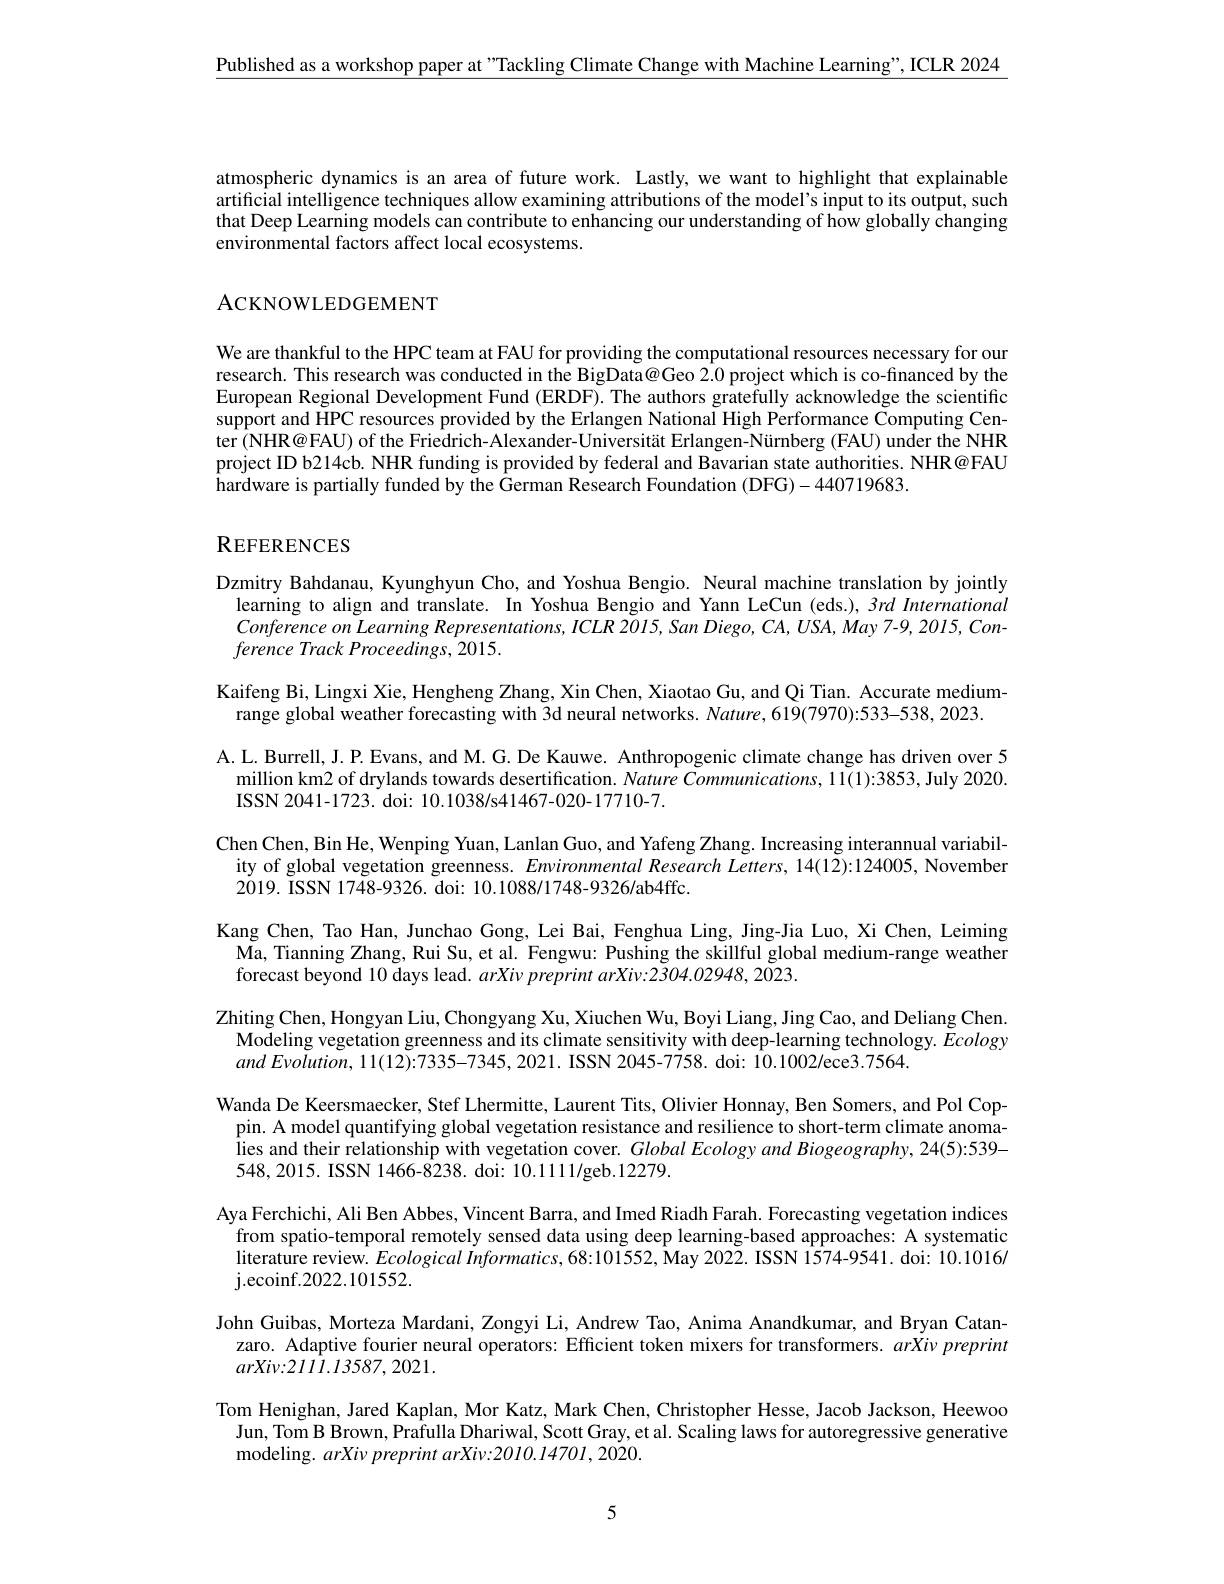
$\underline{\text{Published as a workshop paper at "Tackling Climate Change with Machine Learning", ICLR 2024}}$

atmospheric dynamics is an area of future work. Lastly, we want to highlight that explainable artificial intelligence techniques allow examining attributions of the model's input to its output, such that Deep Learning models can contribute to enhancing our understanding of how globally changing environmental factors affect local ecosystems.

ACKNOWLEDGEMENT

We are thankful to the HPC team at FAU for providing the computational resources necessary for our research. This research was conducted in the BigData@Geo 2.0 project which is co-financed by the European Regional Development Fund (ERDF). The authors gratefully acknowledge the scientific support and HPC resources provided by the Erlangen National High Performance Computing Center (NHR@FAU) of the Friedrich-Alexander-Universität Erlangen-Nürnberg (FAU) under the NHR project ID b214cb. NHR funding is provided by federal and Bavarian state authorities. NHR@FAU hardware is partially funded by the German Research Foundation (DFG)-440719683.

# REFERENCES

Dzmitry Bahdanau, Kyunghyun Cho, and Yoshua Bengio. Neural machine translation by jointly learning to align and translate. In Yoshua Bengio and Yann LeCun (eds.), 3rd International Conference on Learning Representations, ICLR 2015, San Diego, CA, USA, May 7-9, 2015, Conference Track Proceedings, 2015.
Kaifeng Bi, Lingxi Xie, Hengheng Zhang, Xin Chen, Xiaotao Gu, and Qi Tian. Accurate medium-
range global weather forecasting with 3d neural networks. Nature, 619(7970):533-538, 2023.
A. L. Burrell, J. P. Evans, and M. G. De Kauwe. Anthropogenic climate change has driven over 5 million km2 of drylands towards desertification. Nature Communications, 11(1):3853, July 2020. ISSN 2041-1723. doi: 10.1038/s41467-020-17710-7.
Chen Chen, Bin He, Wenping Yuan, Lanlan Guo, and Yafeng Zhang. Increasing interannual variability of global vegetation greenness. Environmental Research Letters, 14(12):124005, November 2019. ISSN 1748-9326. doi: 10.1088/1748-9326/ab4ffc.
Kang Chen, Tao Han, Junchao Gong, Lei Bai, Fenghua Ling, Jing-Jia Luo, Xi Chen, Leiming Ma, Tianning Zhang, Rui Su, et al. Fengwu: Pushing the skillful global medium-range weather forecast beyond 10 days lead. arXiv preprint arXiv:2304.02948, 2023.
Zhiting Chen, Hongyan Liu, Chongyang Xu, Xiuchen Wu, Boyi Liang, Jing Cao, and Deliang Chen
Modeling vegetation greenness and its climate sensitivity with deep-learning technology. Ecology
$andEvolution,11(12):7335-7345,2021.$ ISSN 2045-7758. doi: 10.1002/ece3.7564.
Wanda De Keersmaecker, Stef Lhermitte, Laurent Tits, Olivier Honnay, Ben Somers, and Pol Cop-
pin. A model quantifying global vegetation resistance and resilience to short-term climate anomalies and their relationship with vegetation cover. Global Ecology and Biogeography, 24(5):539- 548,2015. ISSN 1466-8238. doi: 10.1111/geb.12279.
Aya Ferchichi, Ali Ben Abbes, Vincent Barra, and Imed Riadh Farah. Forecasting vegetation indices
from spatio-temporal remotely sensed data using deep learning-based approaches: A systematic $\hat{\text{literature review.}}Ecological\dot{I}nformatics,68:101552,\tilde{\text{May 2022. ISSN 1574-9541. doi: 10.1016/}}$ j. ecoinf. 2022. 101552.
John Guibas, Morteza Mardani, Zongyi Li, Andrew Tao, Anima Anandkumar, and Bryan Catan-
zaro. Adaptive fourier neural operators: Efficient token mixers for transformers. $arXi\nu preprint$
$arXiv{:}2111.13587,2021.$
Tom Henighan, Jared Kaplan, Mor Katz, Mark Chen, Christopher Hesse, Jacob Jackson, Heewoo Jun, Tom B Brown, Prafulla Dhariwal, Scott Gray, et al. Scaling laws for autoregressive generative modeling. arXivpreprint arXiv:2010.14701,2020.

5